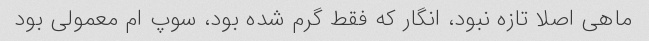
ماهی اصلا تازه نبود، انگار که فقط گرم شده بود، سوپ ام معمولی بود